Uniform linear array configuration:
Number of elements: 8
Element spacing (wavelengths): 0.25
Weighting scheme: uniform
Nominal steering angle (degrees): -60
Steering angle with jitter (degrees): -61.999
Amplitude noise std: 0.05
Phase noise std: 0.05

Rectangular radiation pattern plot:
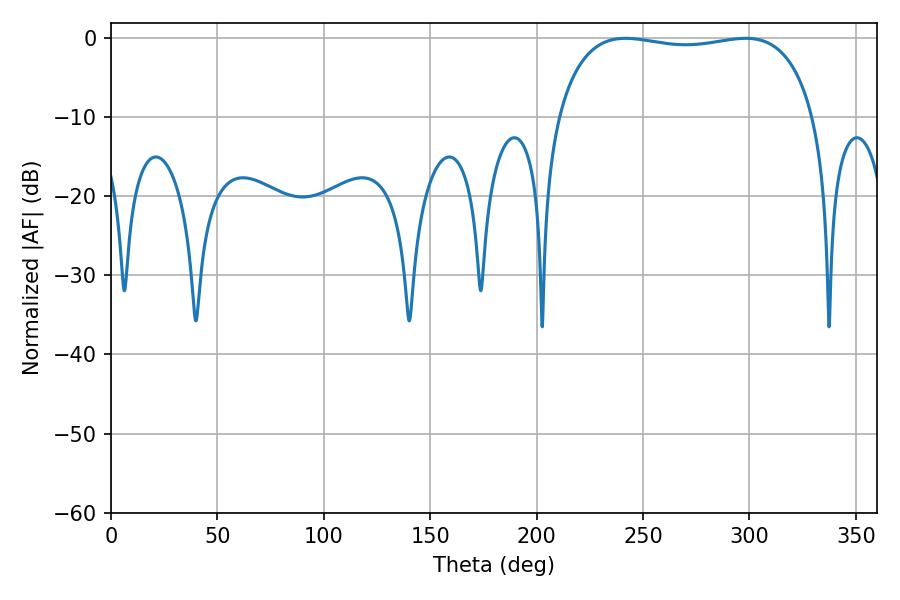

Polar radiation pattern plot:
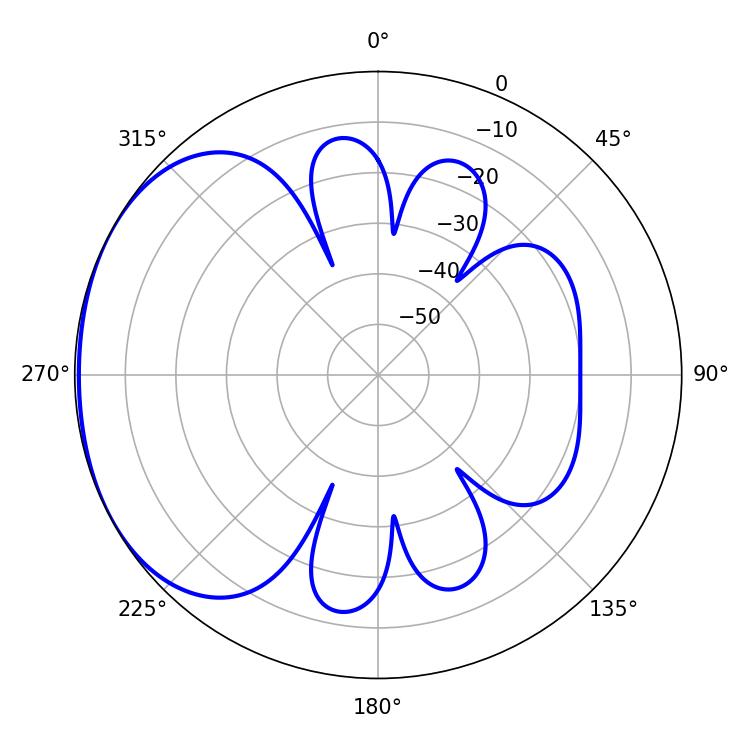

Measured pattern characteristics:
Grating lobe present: FALSE
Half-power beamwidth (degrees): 97.56
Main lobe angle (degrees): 241.74